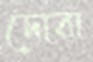
দোরা